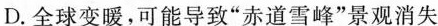
D.全球变暖，可能导致”赤道雪峰”景观消失